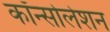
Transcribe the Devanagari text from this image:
कॉन्सोलेशन